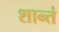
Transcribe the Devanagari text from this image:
शान्तं